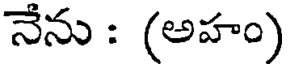
నేను : (అహం)